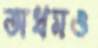
অধমও